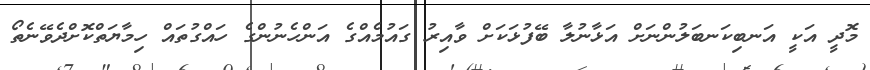
މޮދީ އަކީ އަނބިކަނބަލުންނަށް އަޅާނުލާ ބޭފުޅަކަށް ވާއިރު ގައުމެއްގެ އަންހެނުންގެ ހައްގުތައް ހިމާޔަތްކޮށްދެވޭނެތޯ